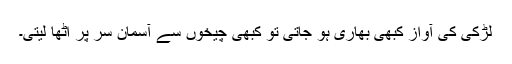
لڑکی کی آواز کبھی بھاری ہو جاتی تو کبھی چیخوں سے آسمان سر پر اٹھا لیتی۔